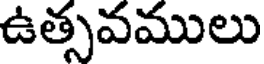
ఉత్సవములు